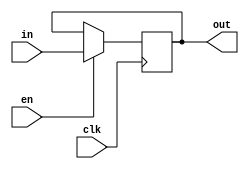
module register #(
    parameter BIT_WIDTH = 1
) (
    output reg [BIT_WIDTH - 1:0] out,
    input wire [BIT_WIDTH - 1:0] in,
    input wire en, clk
);

    always @(posedge clk)
        if (en)
            out <= in;

endmodule